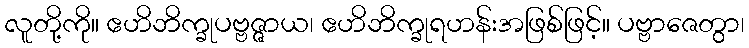
လူတို့ကို။ ဧဟိဘိက္ခုပဗ္ဗဇ္ဇာယ၊ ဧဟိဘိက္ခုရဟန်းအဖြစ်ဖြင့်။ ပဗ္ဗာဇေတွာ၊